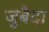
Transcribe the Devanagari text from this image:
जुबैदा